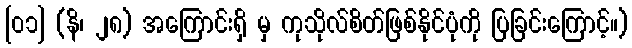
[၀၁] (နိ၊ ၂၈) အကြောင်းရှိ မှ ကုသိုလ်စိတ်ဖြစ်နိုင်ပုံကို ပြခြင်းကြောင့်။)